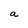
Character: a